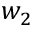
w _ { 2 }